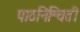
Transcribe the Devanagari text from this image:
पाठनिश्चिती